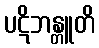
ပဋိဘန္တူတိ